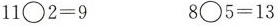
$$11\bigcirc 2=9$$ $$8\bigcirc 5=13$$